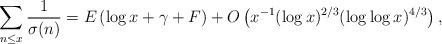
LaTeX: \begin{align*} \sum_{n\le x} \frac1{\sigma(n)} = E \left(\log x + \gamma + F\right) + O\left( x^{-1} (\log x)^{2/3}(\log \log x)^{4/3} \right),\end{align*}